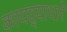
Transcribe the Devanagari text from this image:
कायद्याधारे